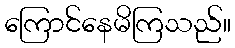
ကြောင်နေမိကြသည်။